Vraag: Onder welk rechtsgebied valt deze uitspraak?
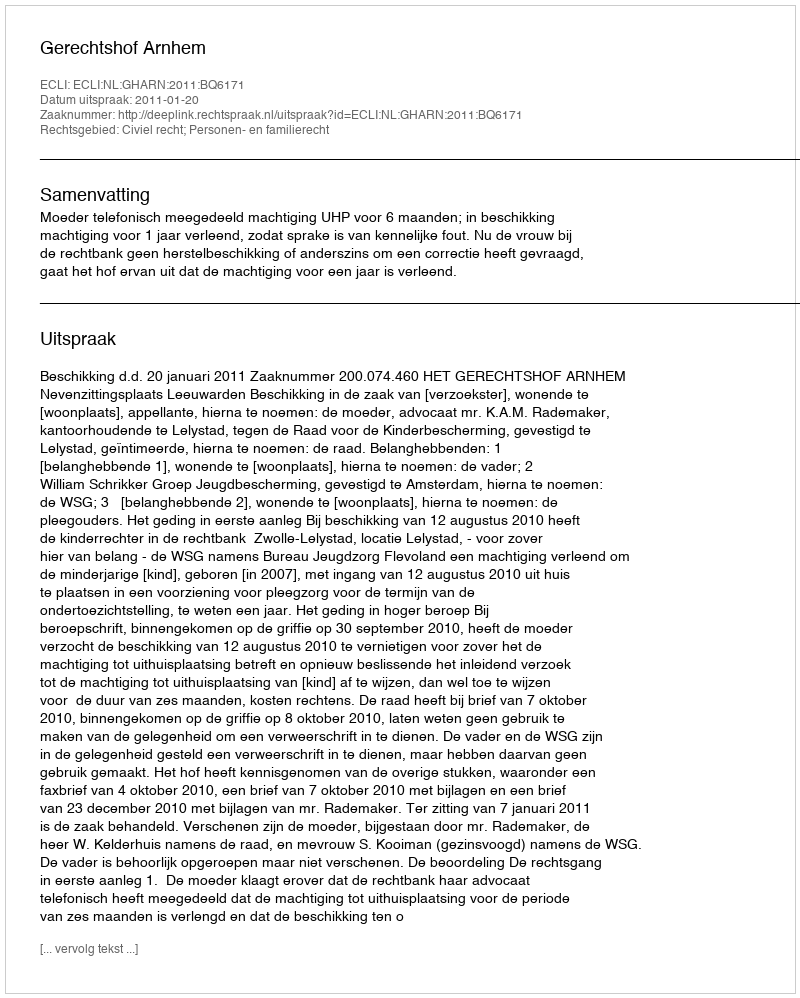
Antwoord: Civiel recht; Personen- en familierecht